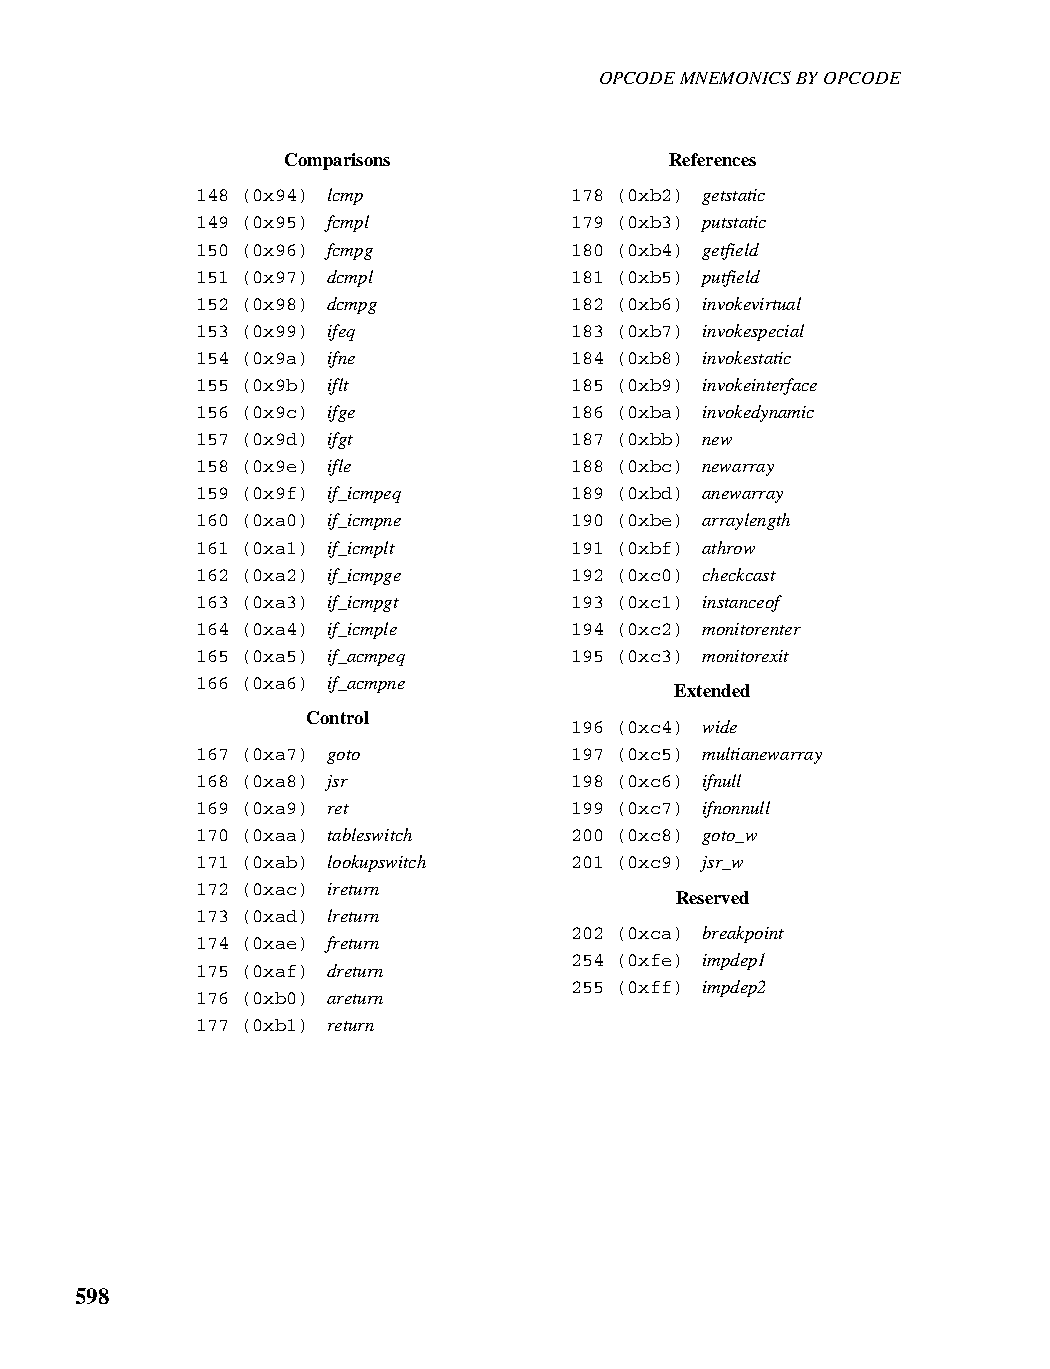
OPCODE MNEMONICS BY OPCODE
 Comparisons              References
 148 (0x94) lcmp          178 (0xb2) getstatic
 149 (0x95) fcmpl         179 (0xb3) putstatic
 150 (0x96) fcmpg         180 (0xb4) getfield
 151 (0x97) dcmpl         181 (0xb5) putfield
 152 (0x98) dcmpg         182 (0xb6) invokevirtual
 153 (0x99) ifeq          183 (0xb7) invokespecial
 154 (0x9a) ifne          184 (0xb8) invokestatic
 155 (0x9b) iflt          185 (0xb9) invokeinterface
 156 (0x9c) ifge          186 (0xba) invokedynamic
 157 (0x9d) ifgt          187 (0xbb) new
 158 (0x9e) ifle          188 (0xbc) newarray
 159 (0x9f) if_icmpeq     189 (0xbd) anewarray
 160 (0xa0) if_icmpne     190 (0xbe) arraylength
 161 (0xa1) if_icmplt     191 (0xbf) athrow
 162 (0xa2) if_icmpge     192 (0xc0) checkcast
 163 (0xa3) if_icmpgt     193 (0xc1) instanceof
 164 (0xa4) if_icmple     194 (0xc2) monitorenter
 165 (0xa5) if_acmpeq     195 (0xc3) monitorexit
 166 (0xa6) if_acmpne
 Extended
 Control
 196 (0xc4) wide
 167 (0xa7) goto          197 (0xc5) multianewarray
 168 (0xa8) jsr           198 (0xc6) ifnull
 169 (0xa9) ret           199 (0xc7) ifnonnull
 170 (0xaa) tableswitch   200 (0xc8) goto_w
 171 (0xab) lookupswitch  201 (0xc9) jsr_w
 172 (0xac) ireturn
 Reserved
 173 (0xad) lreturn
 202 (0xca) breakpoint
 174 (0xae) freturn
 254 (0xfe) impdep1
 175 (0xaf) dreturn
 255 (0xff) impdep2
 176 (0xb0) areturn
 177 (0xb1) return
 598